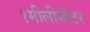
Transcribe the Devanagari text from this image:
१मीलीमीटर